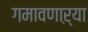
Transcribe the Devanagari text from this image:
गमावणाऱ्या